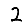
Digit: 2